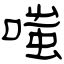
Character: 嗤